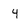
Character: 4